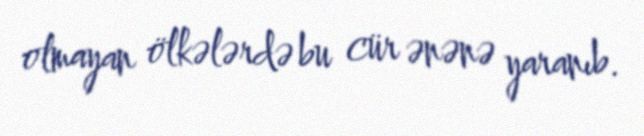
olmayan ölkələrdə bu cür ənənə yaranıb.